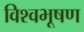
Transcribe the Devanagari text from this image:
विश्वभूषण